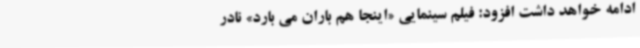
ادامه خواهد داشت افزود: فیلم سینمایی «اینجا هم باران می بارد» نادر